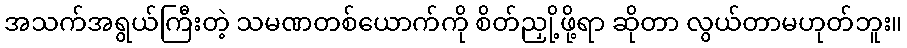
အသက်အရွယ်ကြီးတဲ့ သမဏတစ်ယောက်ကို စိတ်ညှို့ဖို့ရာ ဆိုတာ လွယ်တာမဟုတ်ဘူး။